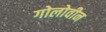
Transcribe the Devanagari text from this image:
गोलोवीन